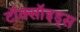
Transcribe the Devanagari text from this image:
टॉक्सॉइड्स